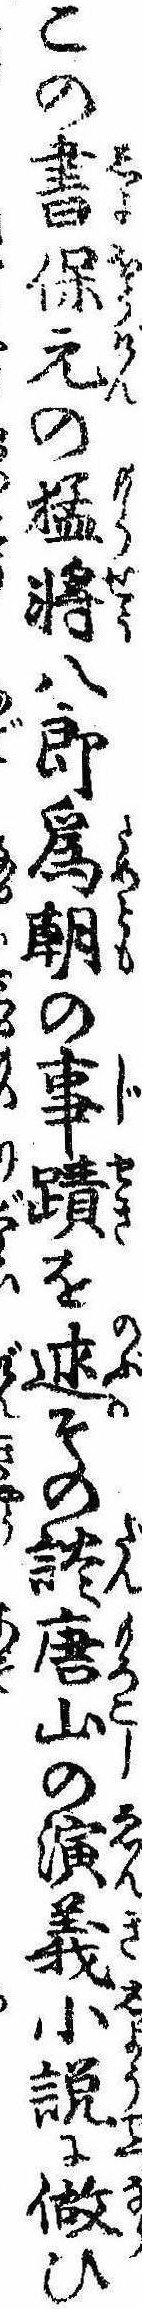
この書保元の猛将八郎為朝の事跡を述その談唐山の演義小説に做ひ